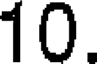
10.